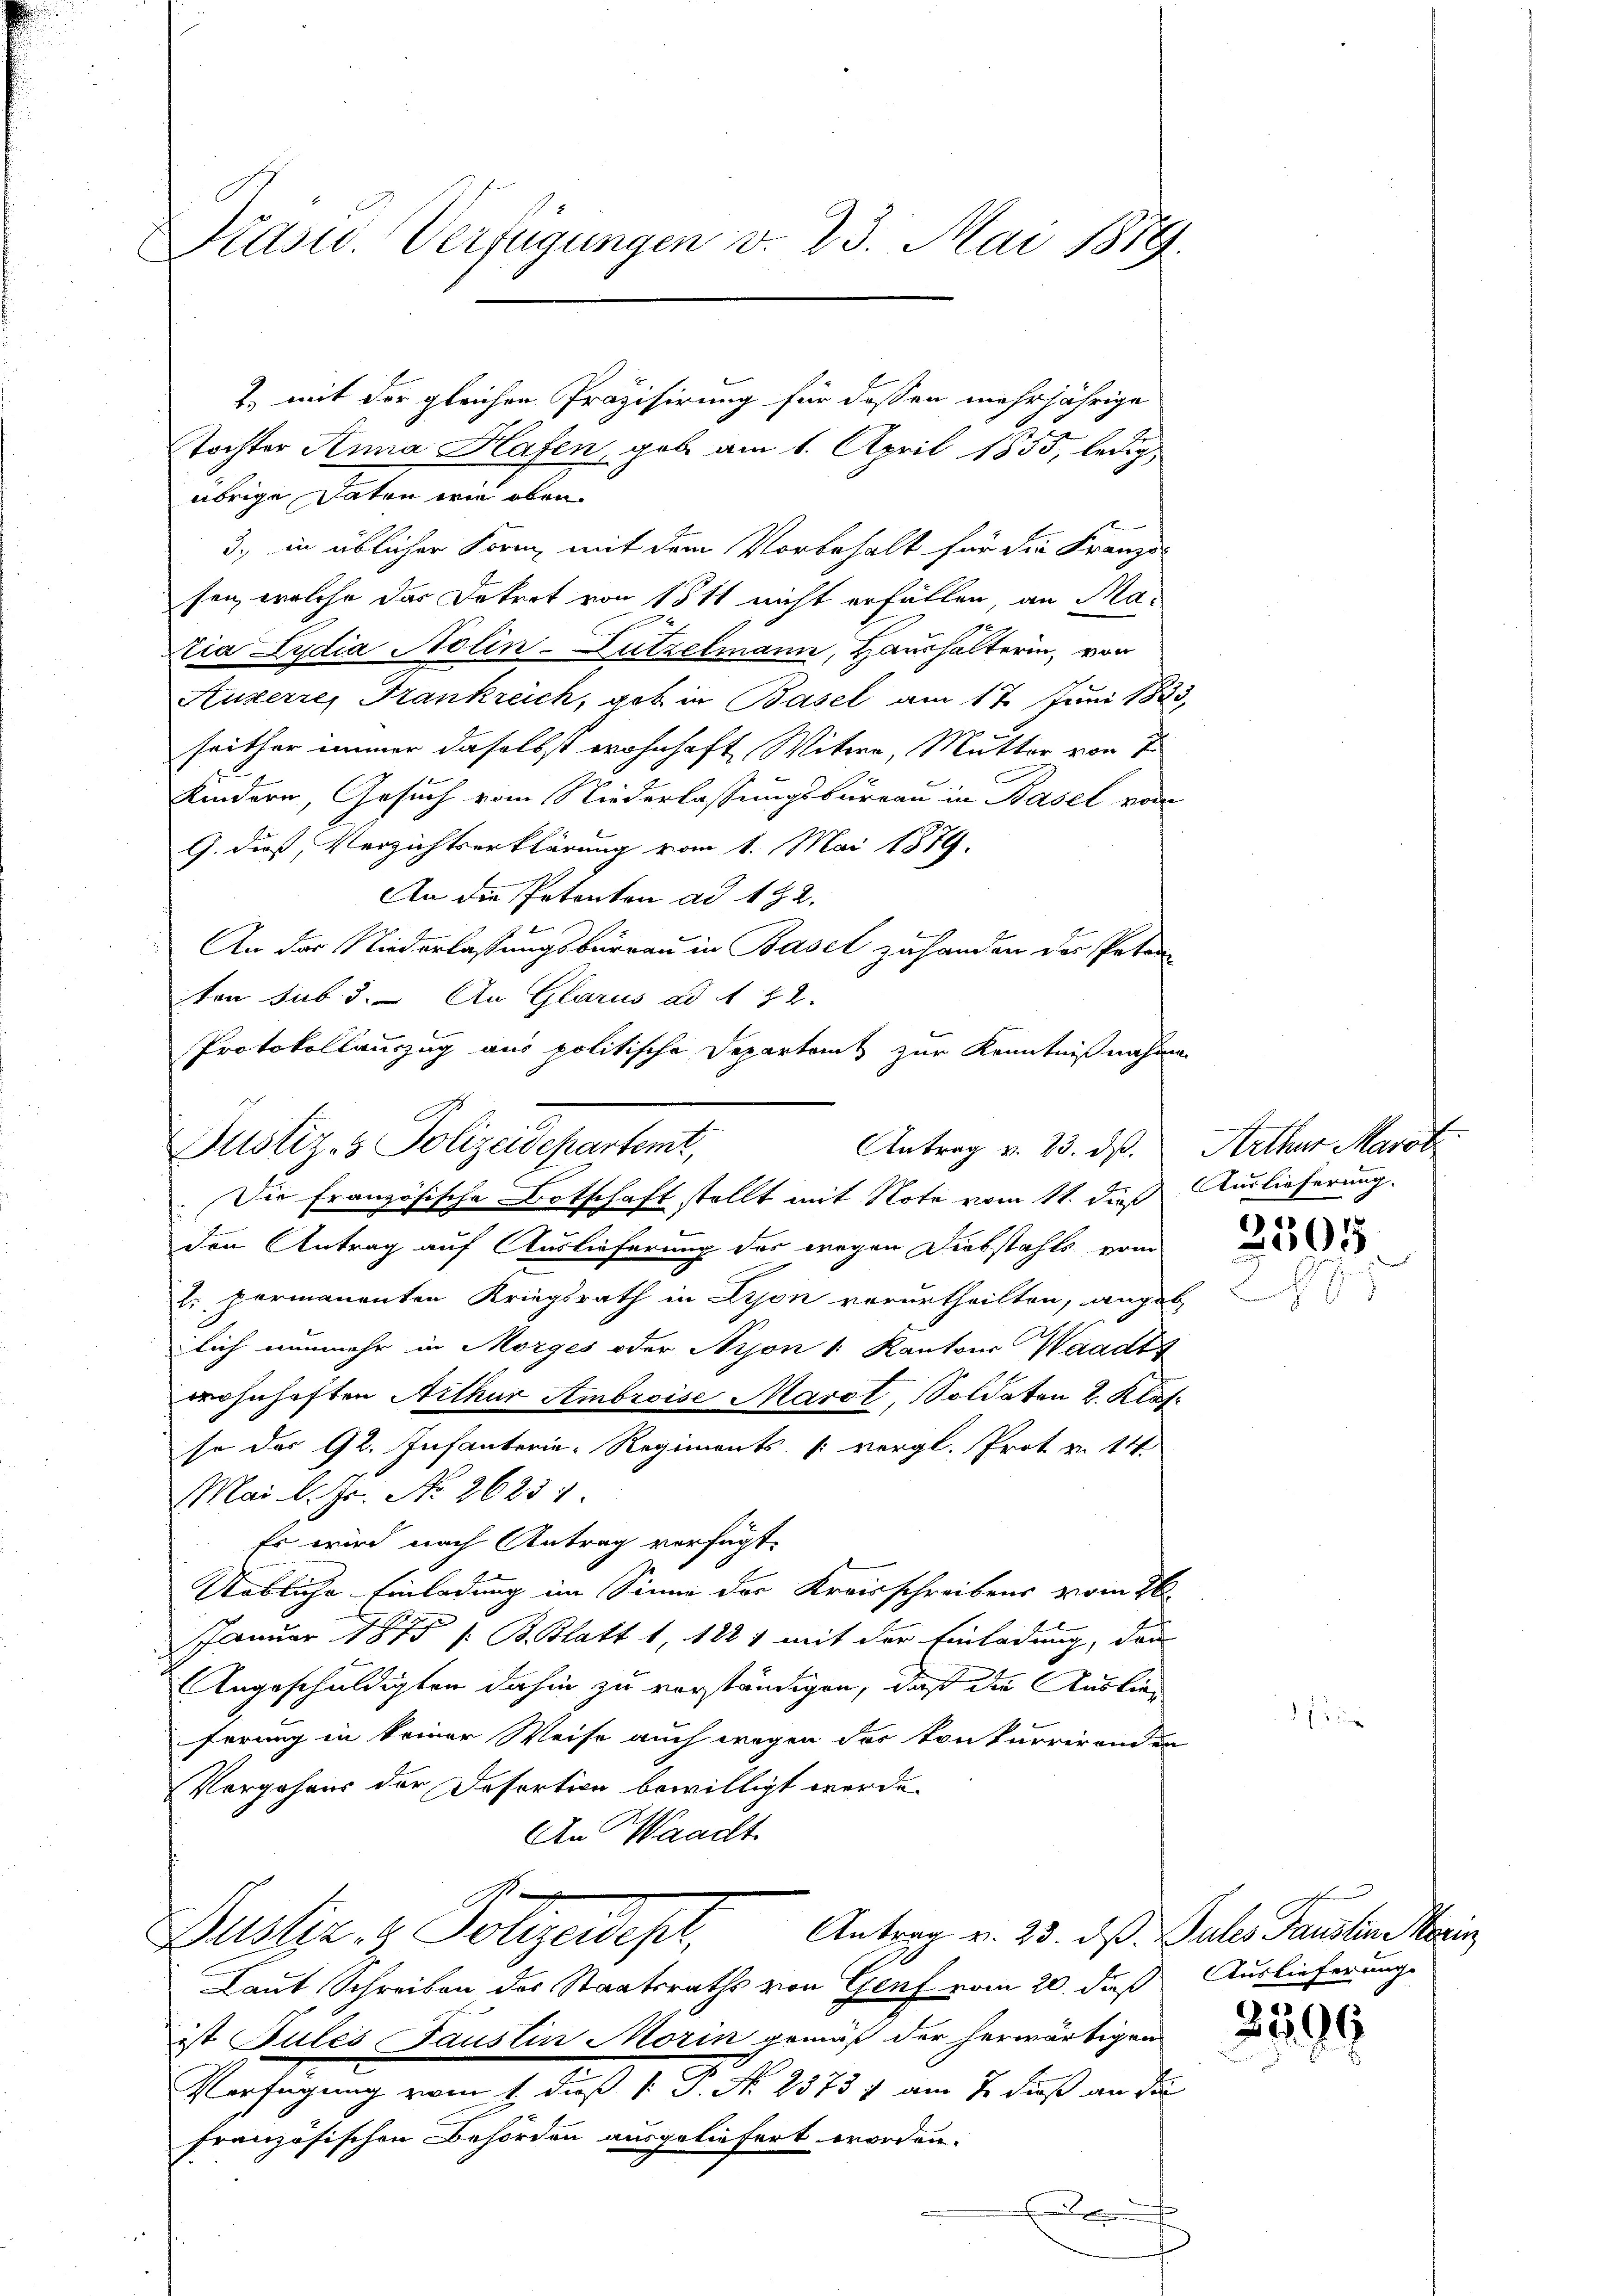
Präsid.. Verfügungen v. 23. Mai 1879.

), mit der gleichen Präzisirung für dessen mehrjährige
tochter Anna Hafen, gab am 1. April 1855, ledig
übrige Daten wie oben.
3) in üblicher Form mit dem Vorbehalt für die Franzo
sen, welche das Dokert von 1511 nicht erfällen, an Matra Lydia Nolin-Dutzelmann, Haushalterin, von
Auxerre, Frankreich, gab in Basel am 17. Juni 1823,
seither immer daselbst wohnhaft Witwe, Mutter von 7
Kindern, Gesuch vom Niederlassungsbureau in Basel von
G. dieß, Verzichtserklärung vom 1. Mai 1879.
An die Petenten ad 122.
An der Niederlassungsbureau in Basel zu handen des Peten
ton sub. 5. An Glarus ad 1. 42.
Protokollauszug aus politische Departamt zur Kenntnißnahmen
Die Französische Botschaft stellt mit Note vom 11. dieß Auslieferung.
2
den Antrag auf Auslieferung der wegen Diebstahls von
2. permanenten Kriegsrath in Lyon verurtheilten, angeb
lich nunmehr in Morges oder Arjon " Kantons Waadt
wohnhaften Arthur Ambroise Marot, Soldaten 2. Klafse des 92. Infanterie-Regiments [ vergl. Prot. v. 14.
Mai l. Js. No 26231.
Es wird nach Antrag verfügt:
Uebliche Einladung im Sinne der Kreisschreibens vom 26.
Januar 1875 s. B. Blatt 1, 1881 mit der Einladung, dann
Angeschuldigten dahin zu vorständigen, daß die Auslieferung in keiner Weise auch wegen des Konkurrirenden
Vergehens der Desortion bewilligt werde.
An Waadt
Antrag v. 23. dß. Sules Faustin Marin
Justiz- & Polizeidep
Laut Schreiben des Staatsraths von Genf vom 20. daß Auslieferung
ist Julis Faustin Morin gemäß der herwärtigen
Verfügung vom 1. daß P. P. N. 2573 f am 7. dieß an die
französischen Behörden ausgeliefert worden.
.

Justiz- & Polizeidepartemt,
Antrag v. 23. ds. Arthur Marot

2505

2599